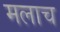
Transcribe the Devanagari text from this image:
मलाच